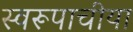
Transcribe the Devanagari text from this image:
स्वरूपाचीया